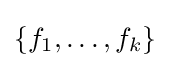
\{f_{1},\ldots ,f_{k}\}